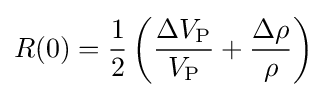
R(0)={\frac {1}{2}}\left({\frac {\Delta V_{\mathrm {P} }}{V_{\mathrm {P} }}}+{\frac {\Delta \rho }{\rho }}\right)